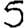
Digit: 5